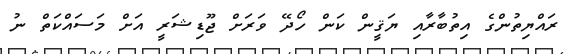
ރައްޔިތުންގެ އިތުބާރާއި ޔަޤީން ކަން ހޯދޭ ވަރަށް ޖޫޑިޝަރީ އަށް މަސައްކަތް ނު